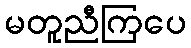
မတူညီကြပေ